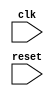
module behavior_model (
   input wire clk,
   input wire reset,
   // Other input and output ports here
);

// Declare variables here

always @(posedge clk or negedge reset) begin
   if (reset == 1'b0) begin
      // Reset behavior here
   end else begin
      // Clock positive edge behavior here
   end
end

// Other logic and functionality here

endmodule